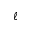
\ell